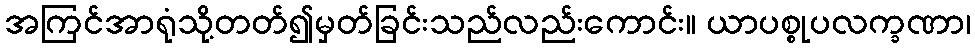
အကြင်အာရုံသို့တတ်၍မှတ်ခြင်းသည်လည်းကောင်း။ ယာပစ္စုပလက္ခဏာ၊